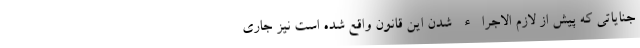
جنایاتی که پیش از لازم الاجراء شدن این قانون واقع شده است نیز جاری